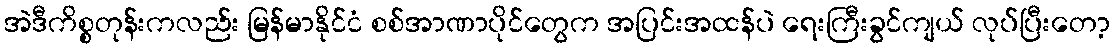
အဲဒီကိစ္စတုန်းကလည်း မြန်မာနိုင်ငံ စစ်အာဏာပိုင်တွေက အပြင်းအထန်ပဲ ရေးကြီးခွင်ကျယ် လုပ်ပြီးတော့